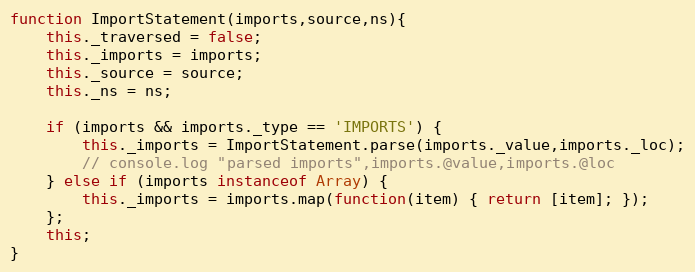
Language: JavaScript
function ImportStatement(imports,source,ns){
	this._traversed = false;
	this._imports = imports;
	this._source = source;
	this._ns = ns;

	if (imports && imports._type == 'IMPORTS') {
		this._imports = ImportStatement.parse(imports._value,imports._loc);
		// console.log "parsed imports",imports.@value,imports.@loc
	} else if (imports instanceof Array) {
		this._imports = imports.map(function(item) { return [item]; });
	};
	this;
}